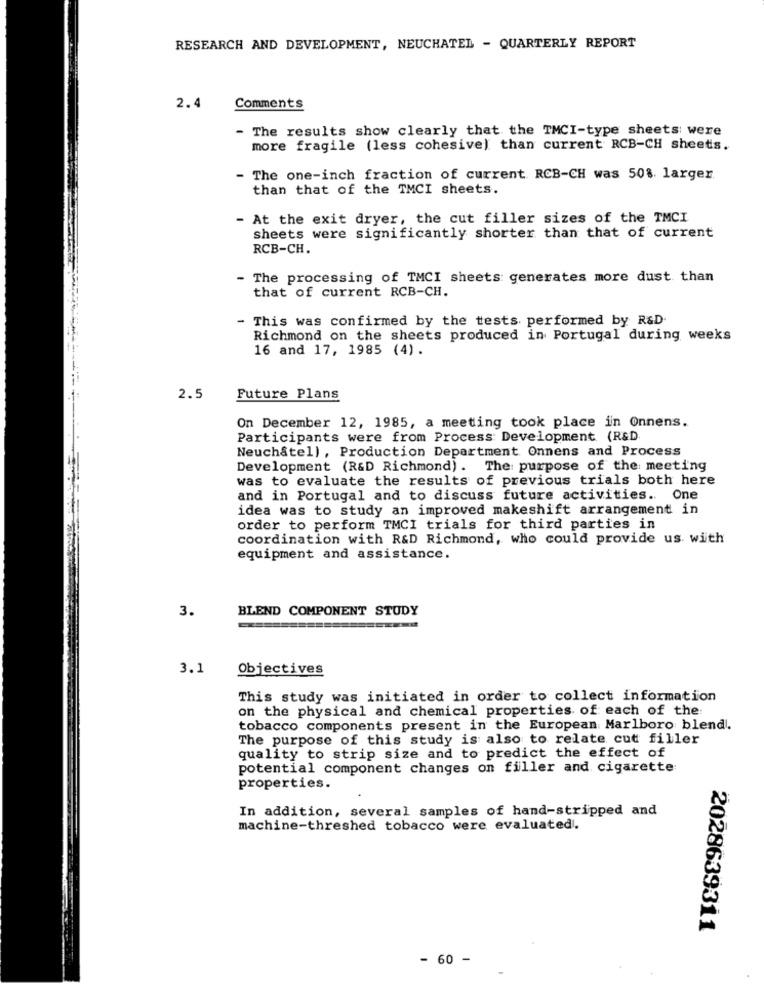
RESEARCH AND DEVELOPMENT, NEUCHATEL - QUARTERLY REPORT
2.4
Comments
- The results show clearly that the TMCI-type sheets: were
more fragile (less cohesive) than current RCB-CH sheets.
- The one-inch fraction of current RCB-CH was 50%. larger
than that of the TMCI sheets.
- At the exit dryer, the cut filler sizes of the TMCI
sheets were significantly shorter than that of current
RCB-CH.
- The processing of TMCI sheets generates more dust than
that of current RCB-CH.
- This was confirmed by the tests performed by R&D.
Richmond on the sheets produced in Portugal during weeks
16 and 17, 1985 (4).
2.5
Future Plans
On December 12, 1985, a meeting took place in Onnens.
Participants were from Process Development (R&D
Neuchâtel), Production Department Onnens and Process
Development (R&D Richmond) . The: purpose of the meeting
was to evaluate the results of previous trials both here
and in Portugal and to discuss future activities. One
idea was to study an improved makeshift arrangement in
order to perform TMCI trials for third parties in
coordination with R&D Richmond, who could provide us with
equipment and assistance.
3.
BLEND COMPONENT STUDY
3.1
Objectives
This study was initiated in order to collect information
on the physical and chemical properties of each of the:
tobacco components present in the European Marlboro blend.
The purpose of this study is also to relate cut filler
quality to strip size and to predict the effect of
potential component changes on filler and cigarette
properties.
In addition, several samples of hand-stripped and
machine-threshed tobacco were evaluated.
2028639311
- 60 -